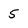
Character: 5